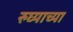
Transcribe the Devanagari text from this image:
रुघ्याच्या